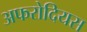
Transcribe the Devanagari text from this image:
अफरोदियस